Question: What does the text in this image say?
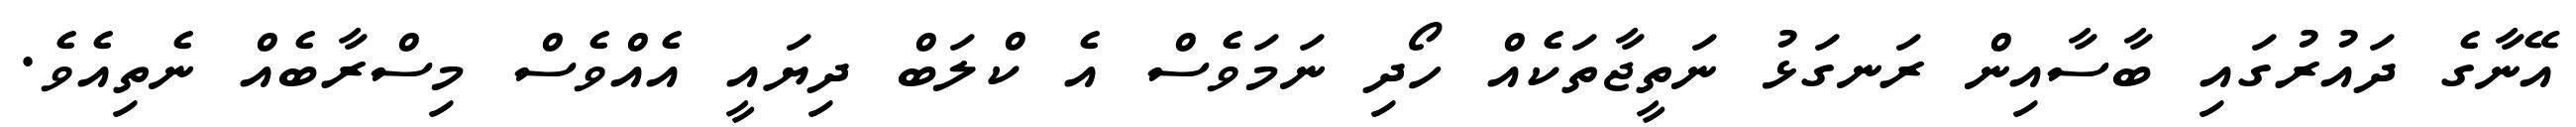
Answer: އޭނާގެ ދައުރުގައި ބާސާއިން ރަނގަޅު ނަތީޖާތަކެއް ހޯދި ނަމަވެސް އެ ކްލަބް ދިޔައީ އެއްވެސް މިސްރާބެއް ނެތިއެވެ.